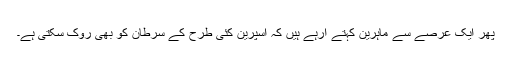
پھر ایک عرصے سے ماہرین کہتے آرہے ہیں کہ اسپرین کئی طرح کے سرطان کو بھی روک سکتی ہے۔